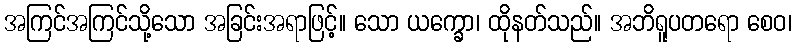
အကြင်အကြင်သို့သော အခြင်းအရာဖြင့်။ သော ယက္ခော၊ ထိုနတ်သည်။ အဘိရူပတရော စေဝ၊